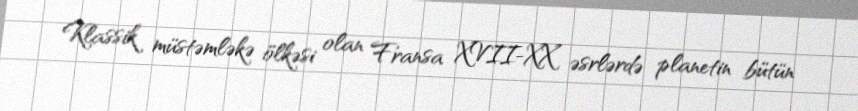
Klassik müstəmləkə ölkəsi olan Fransa XVII-XX əsrlərdə planetin bütün